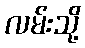
လမ်းသို့